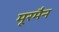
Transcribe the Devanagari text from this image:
मूरमैन